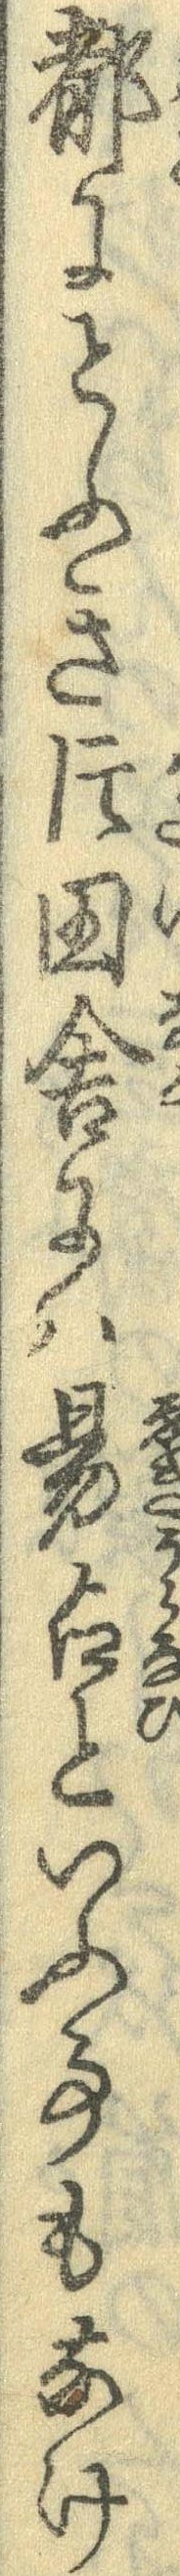
都にとふき片田舎には易占といふ事もなけ